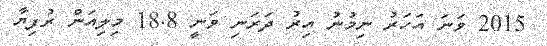
2015 ވަނަ އަހަރު ނިމުނު އިރު ދަރަނި ވަނީ 18.8 މިލިއަން ރުފިޔާ